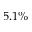
5 . 1 \%